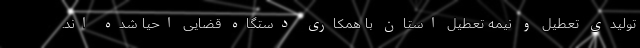
تولیدی تعطیل و نیمه تعطیل استان با همکاری دستگاه قضایی احیا شده اند.